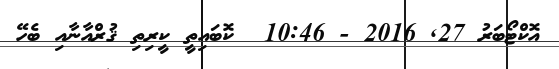
އޮކްޓޯބަރު 27